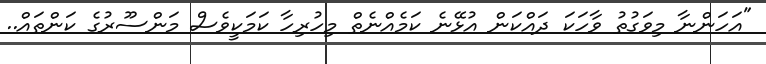
"އަހަންނާ މިވަގުތު ވާހަކަ ދައްކަން އުޅޭނެ ކަމެއްނެތް މިހުރިހާ ކަމަކީވެސް މަންސޫރުގެ ކަންތައް..